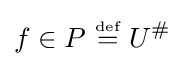
f\in P~{\stackrel {\scriptscriptstyle {\text{def}}}{=}}~U^{\#}